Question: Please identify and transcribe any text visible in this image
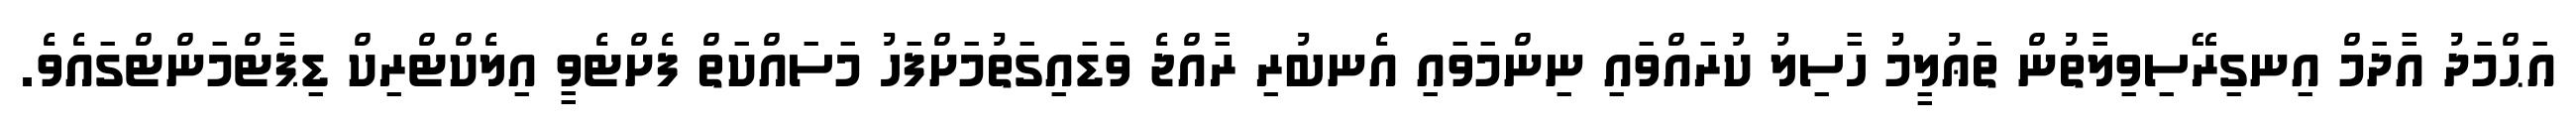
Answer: އަޙްމަދު އާދަމް އިނގިރޭސިވިލާތުން ތަޢުލީމު ހާސިލު ކުރައްވައި ނިންމަވައި އެނބުރި ރާއްޖެ ވަޑައިގަތުމަށްފަހު މަސައްކަތް ފެށްޓެވީ އިލެކްޓްރިކް ޑިޕާޓްމަންޓްގައެވެ.